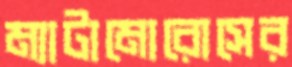
ম্যাটামোরোসের